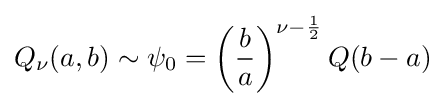
Q_{\nu }(a,b)\sim \psi _{0}=\left({\frac {b}{a}}\right)^{\nu -{\frac {1}{2}}}Q(b-a)